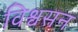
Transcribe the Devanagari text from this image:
विश्वसन